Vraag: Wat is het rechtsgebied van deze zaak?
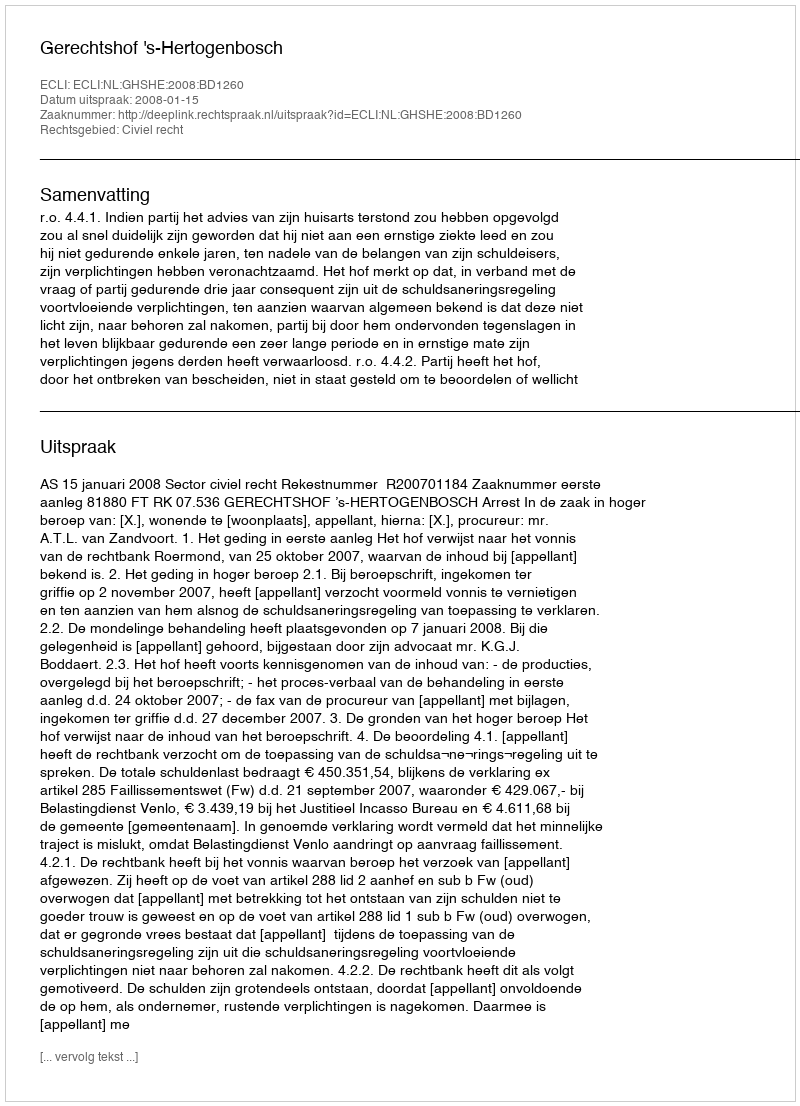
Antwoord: Civiel recht